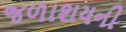
જળાશયની